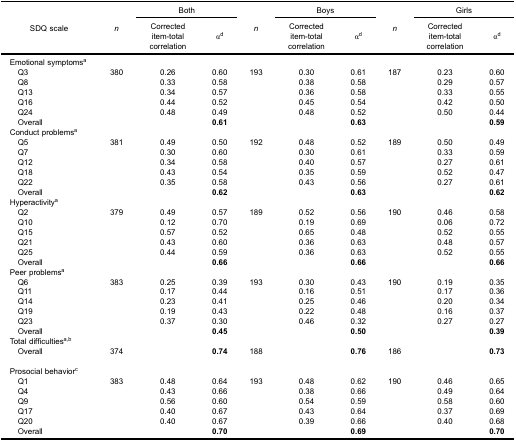
<table><thead><tr><td rowspan="3"><b>SDQ scale</b></td><td rowspan="3"><b><i>n</i></b></td><td colspan="2"><b>Both</b></td><td rowspan="3"><b><i>n</i></b></td><td colspan="2"><b>Boys</b></td><td rowspan="3"><b><i>n</i></b></td><td colspan="2"><b>Girls</b></td></tr><tr><td><b>Correcteditem-totalcorrelation</b></td><td><b>α<sup>d</sup></b></td><td><b>Correcteditem-totalcorrelation</b></td><td><b>α<sup>d</sup></b></td><td><b>Correcteditem-totalcorrelation</b></td><td><b>α<sup>d</sup></b></td></tr></thead><tbody><tr><td colspan="10">Emotional symptoms<sup>a</sup></td></tr><tr><td> Q3</td><td>380</td><td>0.26</td><td>0.60</td><td>193</td><td>0.30</td><td>0.61</td><td>187</td><td>0.23</td><td>0.60</td></tr><tr><td> Q8</td><td> </td><td>0.33</td><td>0.58</td><td> </td><td>0.38</td><td>0.58</td><td> </td><td>0.29</td><td>0.57</td></tr><tr><td> Q13</td><td> </td><td>0.34</td><td>0.57</td><td> </td><td>0.36</td><td>0.58</td><td> </td><td>0.33</td><td>0.55</td></tr><tr><td> Q16</td><td> </td><td>0.44</td><td>0.52</td><td> </td><td>0.45</td><td>0.54</td><td> </td><td>0.42</td><td>0.50</td></tr><tr><td> Q24</td><td> </td><td>0.48</td><td>0.49</td><td> </td><td>0.48</td><td>0.52</td><td> </td><td>0.50</td><td>0.44</td></tr><tr><td> Overall</td><td> </td><td> </td><td><b>0.61</b></td><td> </td><td> </td><td><b>0.63</b></td><td> </td><td> </td><td><b>0.59</b></td></tr><tr><td colspan="10">Conduct problems<sup>a</sup></td></tr><tr><td> Q5</td><td>381</td><td>0.49</td><td>0.50</td><td>192</td><td>0.48</td><td>0.52</td><td>189</td><td>0.50</td><td>0.49</td></tr><tr><td> Q7</td><td> </td><td>0.30</td><td>0.60</td><td> </td><td>0.30</td><td>0.61</td><td> </td><td>0.33</td><td>0.59</td></tr><tr><td> Q12</td><td> </td><td>0.34</td><td>0.58</td><td> </td><td>0.40</td><td>0.57</td><td> </td><td>0.27</td><td>0.61</td></tr><tr><td> Q18</td><td> </td><td>0.43</td><td>0.54</td><td> </td><td>0.35</td><td>0.59</td><td> </td><td>0.52</td><td>0.47</td></tr><tr><td> Q22</td><td> </td><td>0.35</td><td>0.58</td><td> </td><td>0.43</td><td>0.56</td><td> </td><td>0.27</td><td>0.61</td></tr><tr><td> Overall</td><td> </td><td> </td><td><b>0.62</b></td><td> </td><td> </td><td><b>0.63</b></td><td> </td><td> </td><td><b>0.62</b></td></tr><tr><td colspan="10">Hyperactivity<sup>a</sup></td></tr><tr><td> Q2</td><td>379</td><td>0.49</td><td>0.57</td><td>189</td><td>0.52</td><td>0.56</td><td>190</td><td>0.46</td><td>0.58</td></tr><tr><td> Q10</td><td> </td><td>0.12</td><td>0.70</td><td> </td><td>0.19</td><td>0.69</td><td> </td><td>0.06</td><td>0.72</td></tr><tr><td> Q15</td><td> </td><td>0.57</td><td>0.52</td><td> </td><td>0.65</td><td>0.48</td><td> </td><td>0.52</td><td>0.55</td></tr><tr><td> Q21</td><td> </td><td>0.43</td><td>0.60</td><td> </td><td>0.36</td><td>0.63</td><td> </td><td>0.48</td><td>0.57</td></tr><tr><td> Q25</td><td> </td><td>0.44</td><td>0.59</td><td> </td><td>0.36</td><td>0.63</td><td> </td><td>0.52</td><td>0.55</td></tr><tr><td> Overall</td><td> </td><td> </td><td><b>0.66</b></td><td> </td><td> </td><td><b>0.66</b></td><td> </td><td> </td><td><b>0.66</b></td></tr><tr><td colspan="10">Peer problems<sup>a</sup></td></tr><tr><td> Q6</td><td>383</td><td>0.25</td><td>0.39</td><td>193</td><td>0.30</td><td>0.43</td><td>190</td><td>0.19</td><td>0.35</td></tr><tr><td> Q11</td><td> </td><td>0.17</td><td>0.44</td><td> </td><td>0.16</td><td>0.51</td><td> </td><td>0.17</td><td>0.36</td></tr><tr><td> Q14</td><td> </td><td>0.23</td><td>0.41</td><td> </td><td>0.25</td><td>0.46</td><td> </td><td>0.20</td><td>0.34</td></tr><tr><td> Q19</td><td> </td><td>0.19</td><td>0.43</td><td> </td><td>0.22</td><td>0.48</td><td> </td><td>0.16</td><td>0.37</td></tr><tr><td> Q23</td><td> </td><td>0.37</td><td>0.30</td><td> </td><td>0.46</td><td>0.32</td><td> </td><td>0.27</td><td>0.27</td></tr><tr><td> Overall</td><td> </td><td> </td><td><b>0.45</b></td><td> </td><td> </td><td><b>0.50</b></td><td> </td><td> </td><td><b>0.39</b></td></tr><tr><td colspan="10">Total difficulties<sup>a,b</sup></td></tr><tr><td> Overall</td><td>374</td><td> </td><td><b>0.74</b></td><td>188</td><td> </td><td><b>0.76</b></td><td>186</td><td> </td><td><b>0.73</b></td></tr><tr><td colspan="10">Prosocial behavior<sup>c</sup></td></tr><tr><td> Q1</td><td>383</td><td>0.48</td><td>0.64</td><td>193</td><td>0.48</td><td>0.62</td><td>190</td><td>0.46</td><td>0.65</td></tr><tr><td> Q4</td><td> </td><td>0.43</td><td>0.66</td><td> </td><td>0.38</td><td>0.66</td><td> </td><td>0.49</td><td>0.64</td></tr><tr><td> Q9</td><td> </td><td>0.56</td><td>0.60</td><td> </td><td>0.54</td><td>0.59</td><td> </td><td>0.58</td><td>0.60</td></tr><tr><td> Q17</td><td> </td><td>0.40</td><td>0.67</td><td> </td><td>0.43</td><td>0.64</td><td> </td><td>0.37</td><td>0.69</td></tr><tr><td> Q20</td><td> </td><td>0.40</td><td>0.67</td><td> </td><td>0.39</td><td>0.66</td><td> </td><td>0.40</td><td>0.68</td></tr><tr><td> Overall</td><td> </td><td> </td><td><b>0.70</b></td><td> </td><td> </td><td><b>0.69</b></td><td> </td><td> </td><td><b>0.70</b></td></tr></tbody></table>